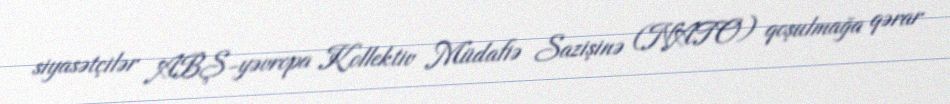
siyasətçilər ABŞ-yəvropa Kollektiv Müdafiə Sazişinə (NATO) qoşulmağa qərar